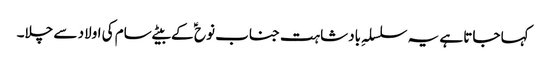
کہا جاتا ہے یہ سلسلہِ بادشاہت جناب نوح ؑ کے بیٹے سام کی اولاد سے چلا۔